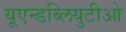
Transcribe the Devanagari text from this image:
यूएन्डब्लियुटीओ